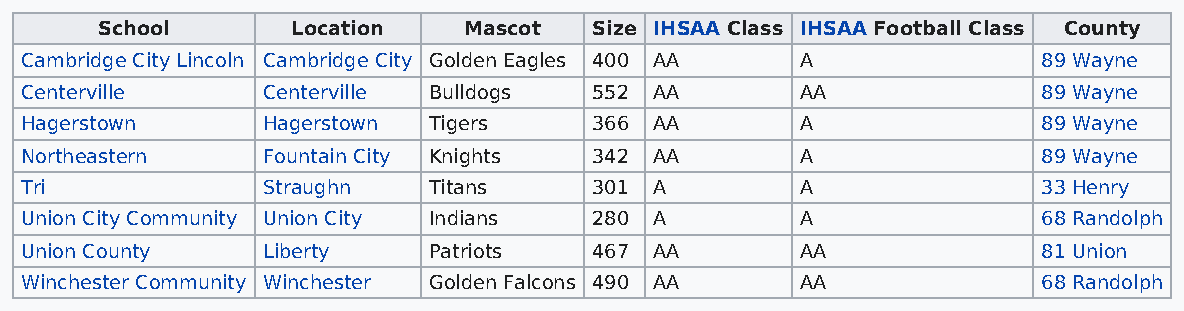
School       Location    Mascot  Size IHSAA Class IHSAA Football Class County
 Cambridge City Lincoln Cambridge City Golden Eagles 400 AA A        89 Wayne
 Centerville     Centerville Bulldogs  552 AA        AA              89 Wayne
 Hagerstown      Hagerstown Tigers     366 AA        A               89 Wayne
 Northeastern    Fountain City Knights 342 AA        A               89 Wayne
 Tri             Straughn   Titans     301 A         A               33 Henry
 Union City Community Union City Indians 280 A       A               68 Randolph
 Union County    Liberty    Patriots   467 AA        AA              81 Union
 Winchester Community Winchester Golden Falcons 490 AA AA            68 Randolph